Calcutta medical institutions reports 1892-1900
Year: 1892
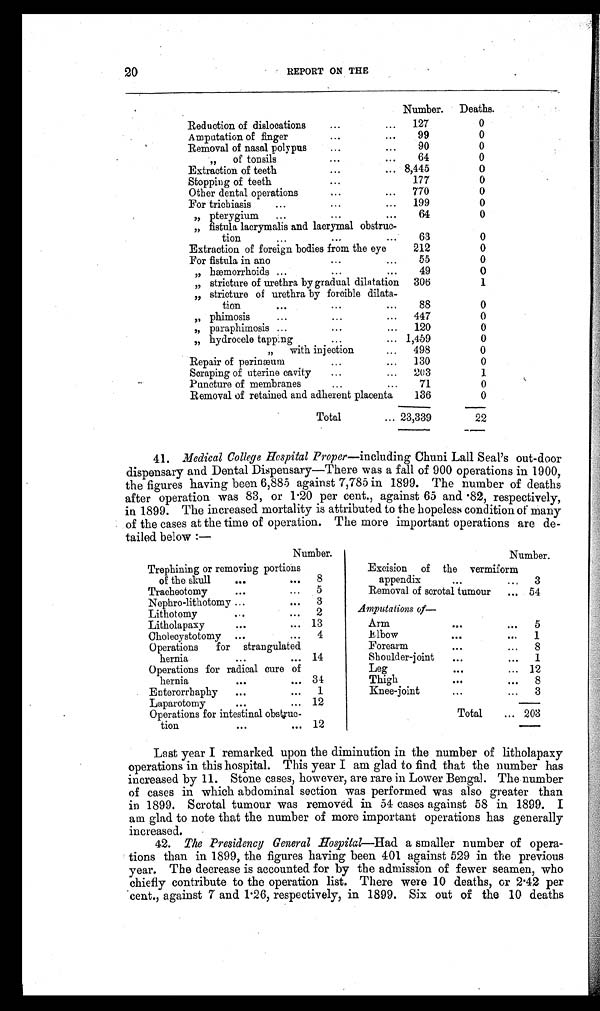
20
REPORT ON THE
Number. Deaths.
Reduction of dislocations
...
. . . 127
0
Amputation of finger
...
...
99
0
Removal of nasal polypus
...
. . .
90
0
„
of tonsils
...
. . .
64
0
Extraction of teeth
...
... 8,445
0
Stopping of teeth
...
177
0
Other dental operations
...
...
770
0
For trichiasis
...
...
...
199
0
„ pterygium
...
...
...
64
0
„
f i s t u l a l a c r y m a l i s a n d l a c r y m a l o b s t r u c -
tion
...
...
...
63
0
Extraction of foreign bodies from the eye
212
0
For fistula in ano
...
...
55
0
„ hæmorrhoids ...
...
...
49
0
„ stricture of urethra by gradual dilatation 306
1
„ stricture of urethra by forcible dilata-
tion
...
...
...
88
0
„phimosis
...
...
...
447
0
„
paraphimosis ...
...
...
120
0
„ hydrocele tapping
...
... 1,,459
0
„ with injection
...
498
0
Repair of perinæum
...
...
130
0
Scraping of uterine cavity
...
...
203
1
Puncture of membranes...
...
7 1 0
Removal of retained and adherent placenta
136
0
Total
... 23,339
22
41. Medical College Hospital Proper— including Chuni Lall Seal’s out-door
dispensary and Dental Dispensary—There was a fall of 900 operations in 1900,
the figures having been 6,885 against 7,785 in 1899. The number of deaths
after operation was 83, or 1.20 per cent., against 65 and.82, respectively,
i
in 1899. The increased mortality is attributed to the hopeless condition of many
of the cases at the time of operation. The more important operations are de-
tailed below :—
Number.
Number.
Trephining or removing portions
of the skull
...
...
8
Excision
of the vermiform
appendix
...
...
3
Tracheotomy
...
...
5
Removal of scrotal tumour
... 54
Nephro-lithotomy ...
... 3
Amputations of
—
Lithotomy
...
...
2
Litholapaxy
••.
...
13
Arm
...
...
5
Cholecystotomy
...
...
4
Elbow
...
. . .
1
Operations
for strangulated
hernia...
14
Forearm
... ...
Shoulder-joint
...
...
8
1
Operations for radical cure of
hernia
... ... 34
Leg
...
...s
Thigh
... ...
12
8
Enterorrhaphy
...
...
1
Knee-joint
...
...
3
•••
Laparotomy... 12
i
Operations for intest i nal obstruc–
tion
...
... 12
Total
... 203
Last year I remarked upon the diminution in the number of litholapaxy
operations in this hospital. This year I am glad to find that the number has
increased by 11. Stone cases, however, are rare in Lower Bengal. The number
of cases in which abdominal section was performed was also greater than
in 1899. Scrotal tumour was removed in 54 cases against 58 in 1899. I
am glad to note that the number of more important operations has generally
increased.
42. The Presidency General Hospital—Had a smaller number of opera-
tions than in 1899, the figures having been 401 against 529 in the previous
year. The decrease is accounted for by the admission of fewer seamen, who
chiefly contribute to the operation list. There were 10 deaths, or 2.42 per
cent., against 7 and1.26, respectively, in 1899. Six out of the 10 deaths